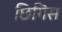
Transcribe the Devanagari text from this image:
छिगिस